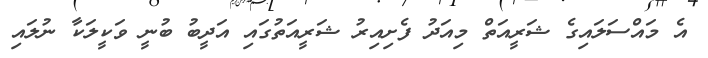
އެ މައްސަލައިގެ ޝަރީއަތް މިއަދު ފެށިއިރު ޝަރީއަތުގައި އަދީބު ބުނީ ވަކީލަކާ ނުލައި